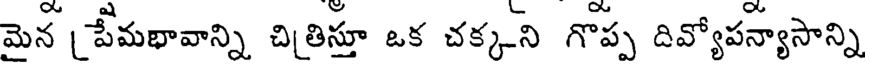
మైన [పేమభావాన్ని చితిస్తూ ఒక చక్కని గొప్ప దివ్యోపన్యాసాన్ని